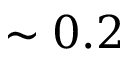
\sim 0 . 2